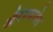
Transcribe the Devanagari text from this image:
औरंगबादेत